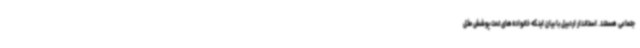
جتماعی هستند. استاندار اردبیل با بیان اینکه خانواده‌های تحت پوشش مثل